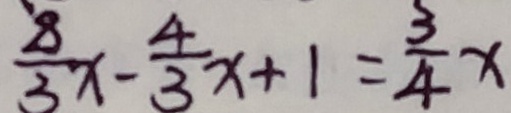
\frac { 8 } { 3 } x - \frac { 4 } { 3 } x + 1 = \frac { 3 } { 4 } x